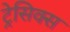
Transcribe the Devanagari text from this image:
ट्रेसिक्स